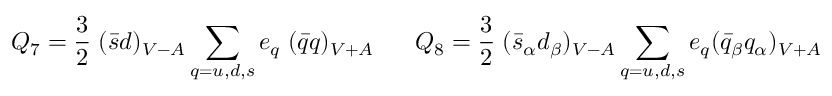
Q _ { 7 } = { \frac { 3 } { 2 } } \; ( \bar { s } d ) _ { V - A } \sum _ { q = u , d , s } e _ { q } \; ( \bar { q } q ) _ { V + A } ~ ~ ~ ~ ~ Q _ { 8 } = { \frac { 3 } { 2 } } \; ( \bar { s } _ { \alpha } d _ { \beta } ) _ { V - A } \sum _ { q = u , d , s } e _ { q } ( \bar { q } _ { \beta } q _ { \alpha } ) _ { V + A }